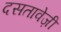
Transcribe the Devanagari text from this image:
दसतावेज़ी